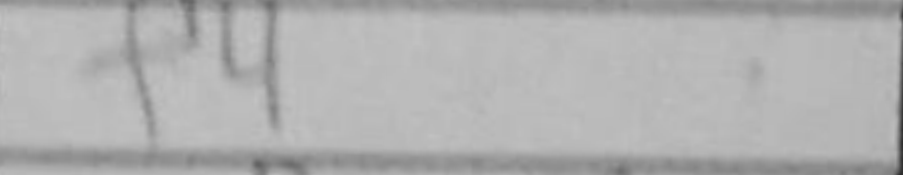
Transcription: f4